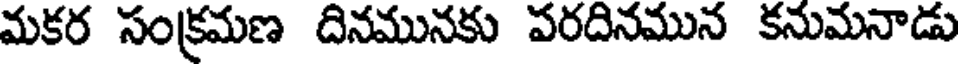
మకర సంక్రమణ దినమునకు పరదినమున కనుమనాడు